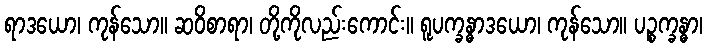
ရာဒယော၊ ကုန်သော။ ဆဝိစာရာ၊ တို့ကိုလည်းကောင်း။ ရူပက္ခန္ဓာဒယော၊ ကုန်သော။ ပဉ္စက္ခန္ဓာ၊